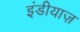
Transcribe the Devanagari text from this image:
इंडीयाज़